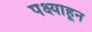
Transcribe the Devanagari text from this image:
पक्ष्याहून